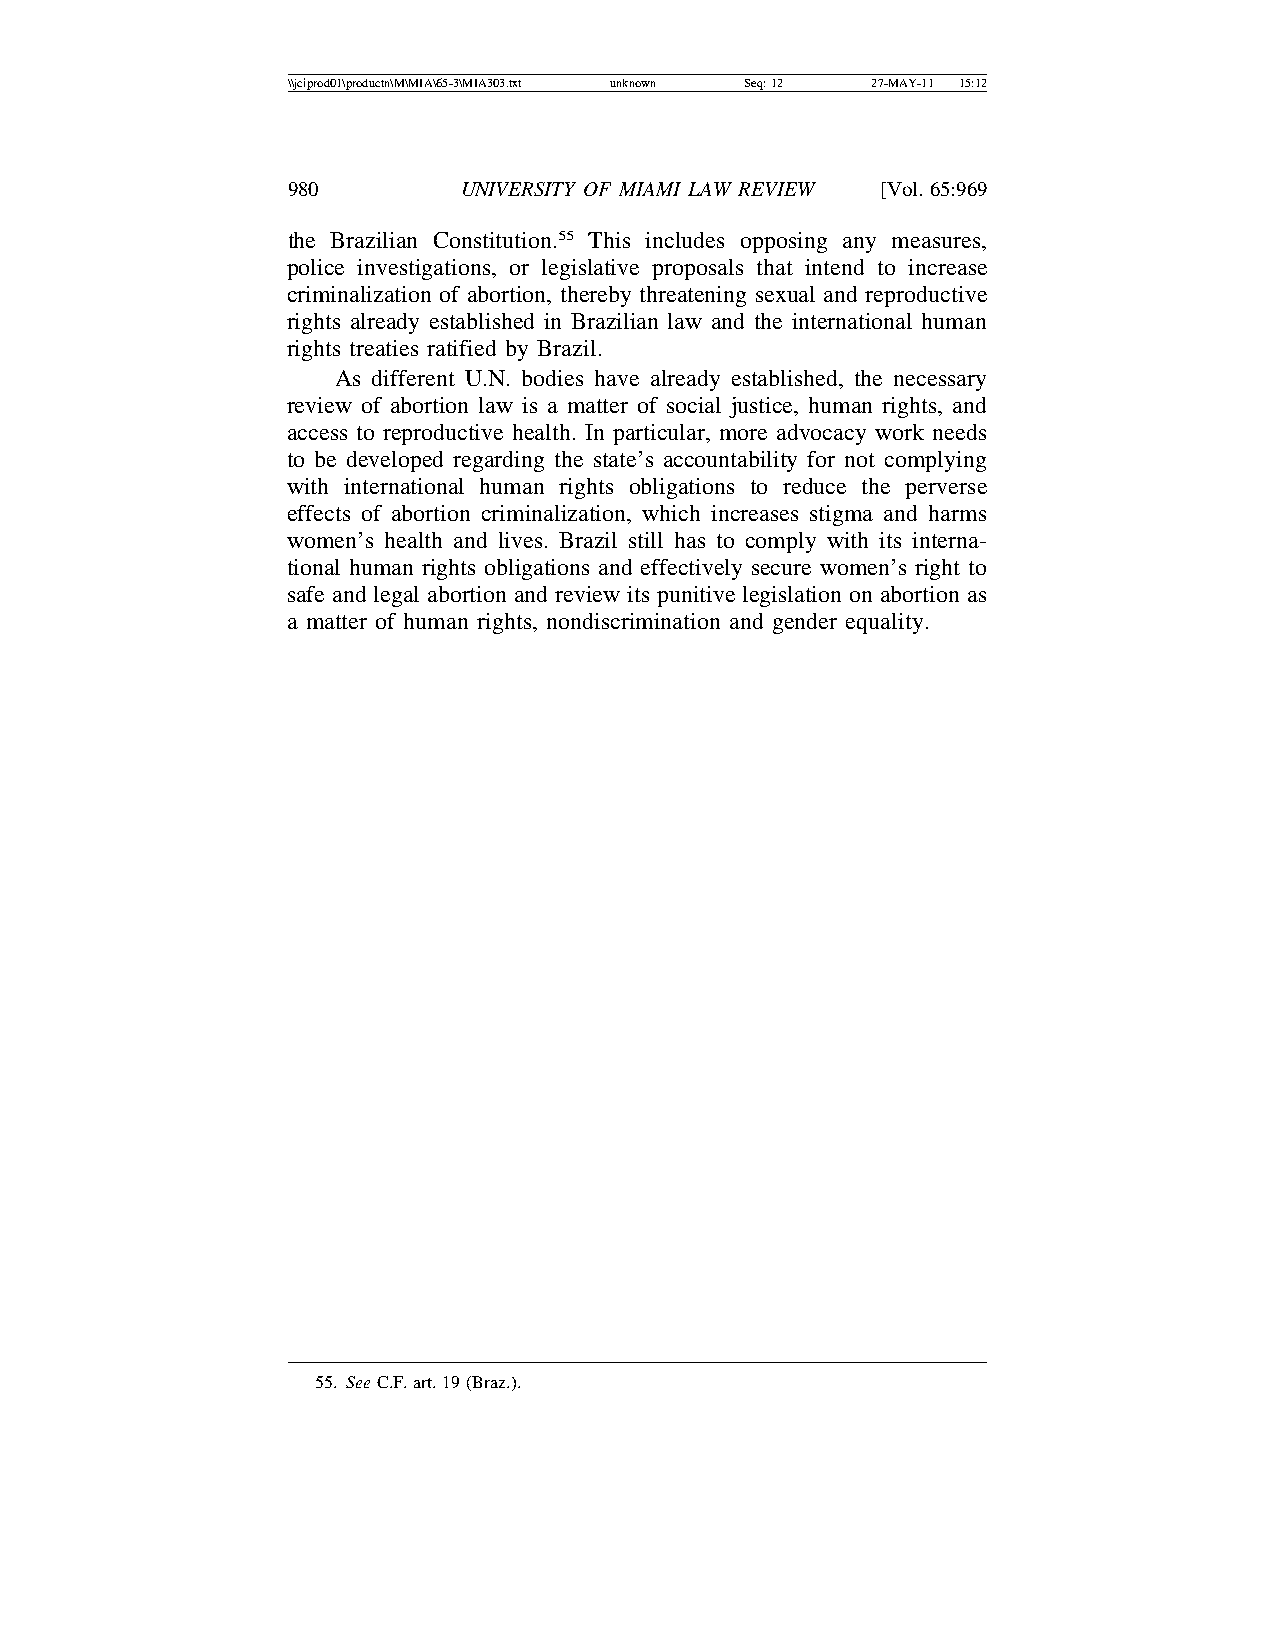
\\jciprod01\productn\M\MIA\65-3\MIA303.txt unknown Seq: 12 27-MAY-11 15:12
 980        UNIVERSITY OF MIAMI LAW REVIEW [Vol.65:969
 the Brazilian Constitution.55 This includes opposing any measures,
 police investigations, or legislative proposals that intend to increase
 criminalization of abortion, thereby threatening sexual and reproductive
 rights already established in Brazilian law and the international human
 rights treaties ratified by Brazil.
 As different U.N. bodies have already established, the necessary
 review of abortion law is a matter of social justice, human rights, and
 access to reproductive health. In particular, more advocacy work needs
 to be developed regarding the state’s accountability for not complying
 with international human rights obligations to reduce the perverse
 effects of abortion criminalization, which increases stigma and harms
 women’s health and lives. Brazil still has to comply with its interna-
 tional human rights obligations and effectively secure women’s right to
 safe and legal abortion and review its punitive legislation on abortion as
 a matter of human rights, nondiscrimination and gender equality.
 55. See C.F. art. 19 (Braz.).